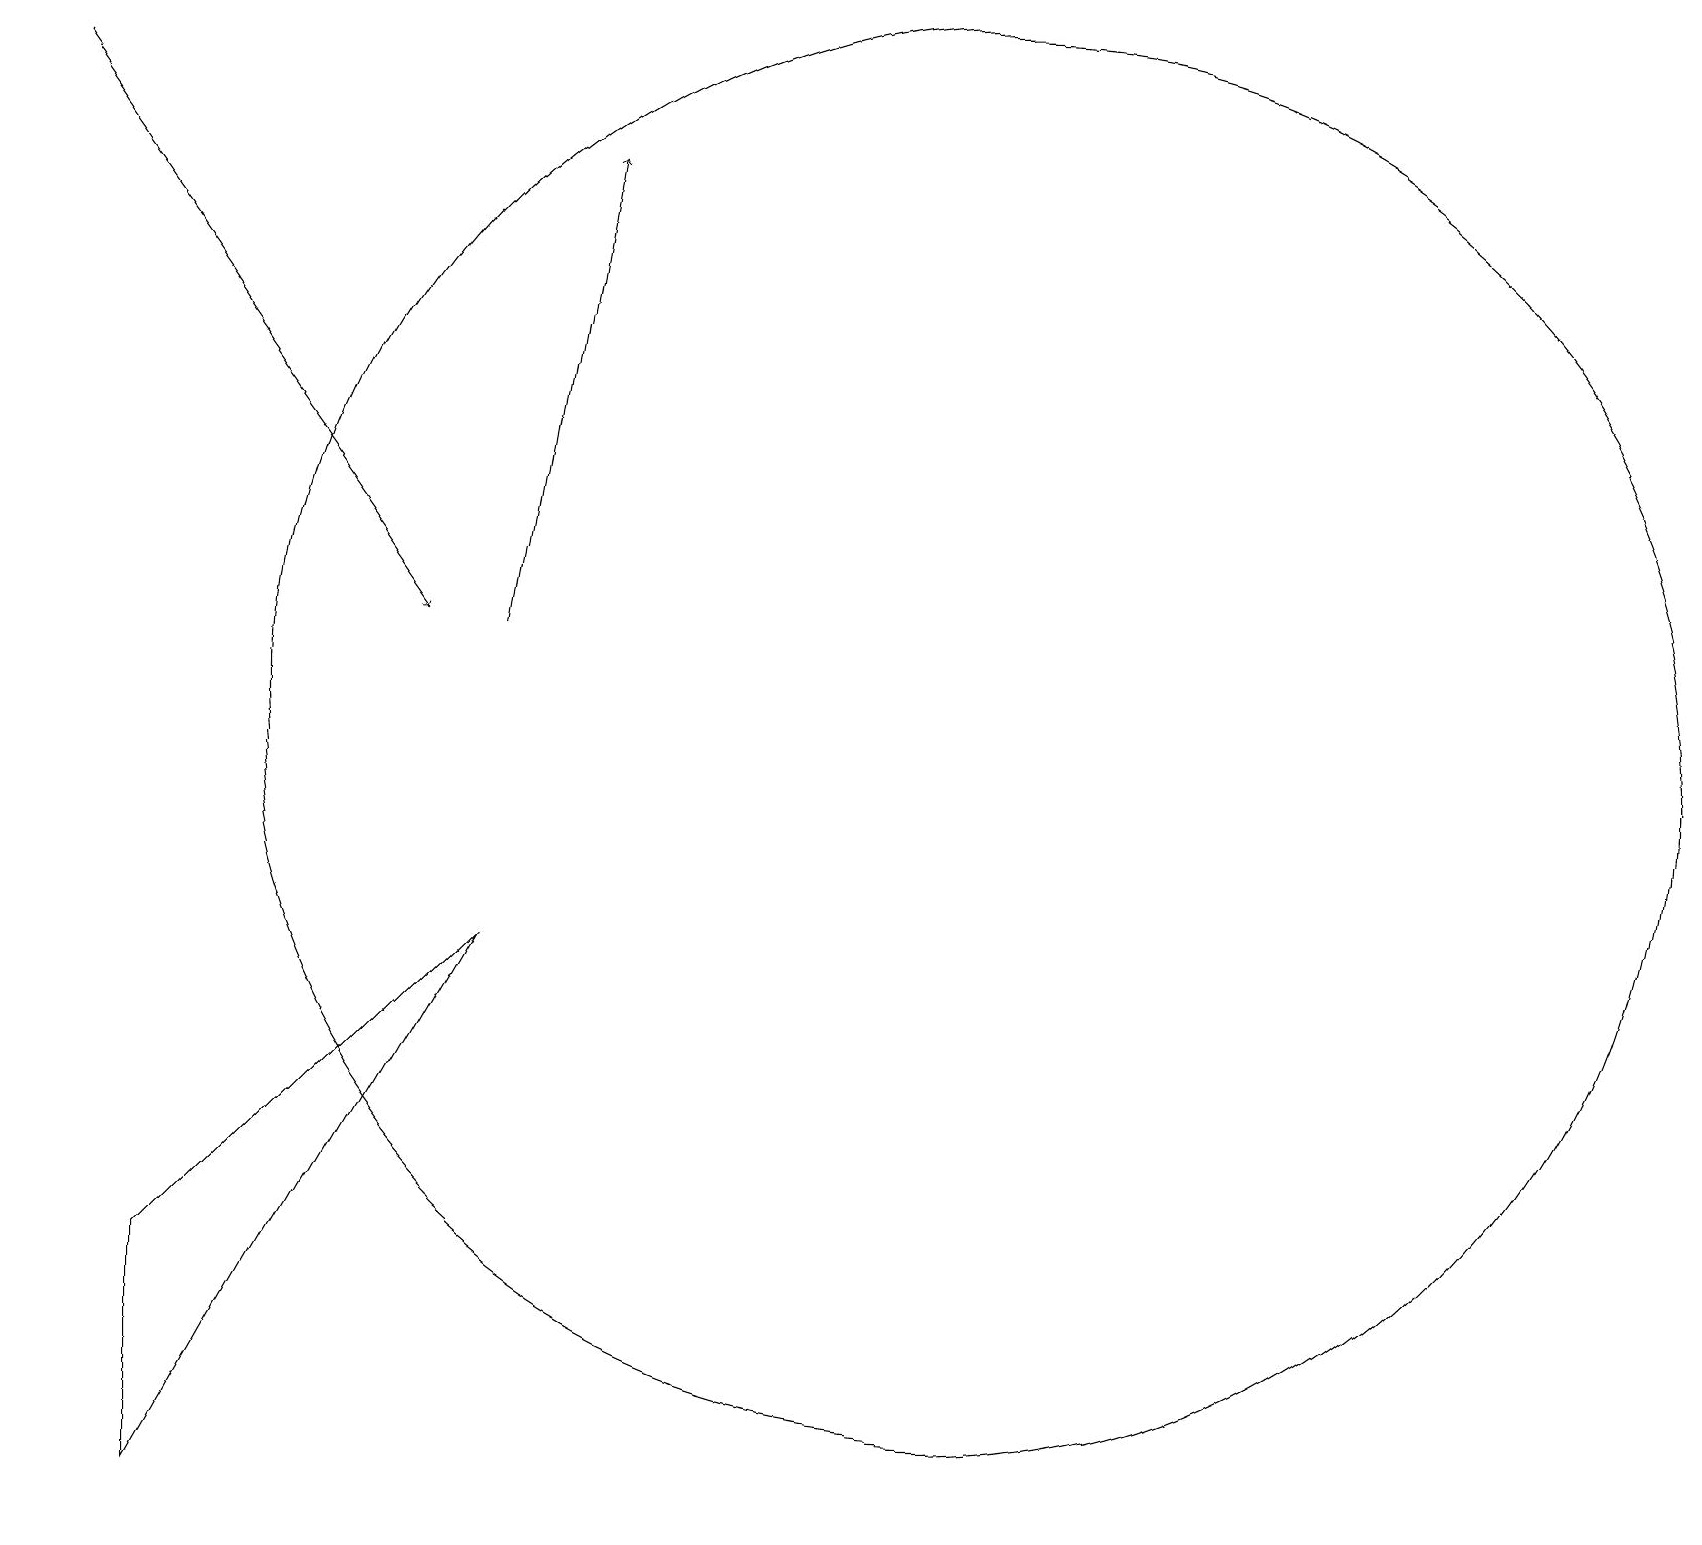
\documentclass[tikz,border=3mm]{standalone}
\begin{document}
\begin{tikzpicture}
\draw (6,7) -- (2,0) -- (2,3) -- cycle;
\draw (12,10) circle (9);
\draw[->] (6,11) -- (7,17);
\draw[->] (0,18) -- (5,11);
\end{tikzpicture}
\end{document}